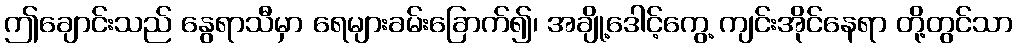
ဤချောင်းသည် နွေရာသီမှာ ရေများခမ်းခြောက်၍၊ အချို့ဒေါင့်ကွေ့ ကျင်းအိုင်နေရာ တို့တွင်သာ